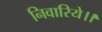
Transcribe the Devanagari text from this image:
निवारिये।।